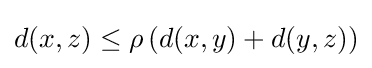
d(x,z)\leq \rho \,(d(x,y)+d(y,z))